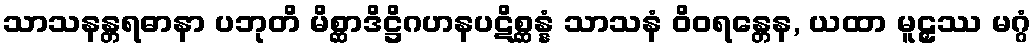
သာသနန္တရဓာနာ ပဘုတိ မိစ္ဆာဒိဋ္ဌိဂဟနပဋိစ္ဆန္နံ သာသနံ ဝိဝရန္တေန, ယထာ မူဠှဿ မဂ္ဂံ